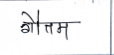
मजकूर: गौतम